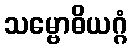
သမ္ဗောဓိယဂ္ဂံ